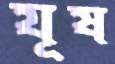
যূষ